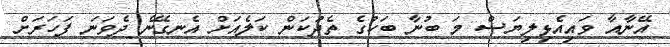
އޭނާއާ ވައިއެޅިލިޔަސް މަ ބުނާ ބަހުގެ ތެދުކަން ކަލެއަށް އެނގޭނެ ދެވަނަ ފަހަރަށް